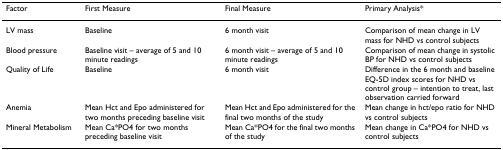
<table><thead><tr><td><b>Factor</b></td><td><b>First Measure</b></td><td><b>Final Measure</b></td><td><b>Primary Analysis*</b></td></tr></thead><tbody><tr><td>LV mass</td><td>Baseline</td><td>6 month visit</td><td>Comparison of mean change in LV mass for NHD vs control subjects</td></tr><tr><td>Blood pressure</td><td>Baseline visit – average of 5 and 10 minute readings</td><td>6 month visit – average of 5 and 10 minute readings</td><td>Comparison of mean change in systolic BP for NHD vs control subjects</td></tr><tr><td>Quality of Life</td><td>Baseline</td><td>6 month visit</td><td>Difference in the 6 month and baseline EQ-5D index scores for NHD vs control group – intention to treat, last observation carried forward</td></tr><tr><td>Anemia</td><td>Mean Hct and Epo administered for two months preceding baseline visit</td><td>Mean Hct and Epo administered for the final two months of the study</td><td>Mean change in hct/epo ratio for NHD vs control subjects</td></tr><tr><td>Mineral Metabolism</td><td>Mean Ca*PO4 for two months preceding baseline visit</td><td>Mean Ca*PO4 for the final two months of the study</td><td>Mean change in Ca*PO4 for NHD vs control subjects</td></tr></tbody></table>